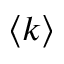
\langle k \rangle